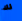
لك